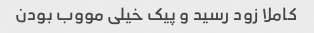
کاملا زود رسید و پیک خیلی مووب بودن